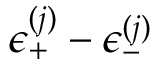
\epsilon _ { + } ^ { ( j ) } - \epsilon _ { - } ^ { ( j ) }